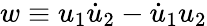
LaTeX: w\equiv u_{1}\dot{u}_{2}-\dot{u}_{1}u_{2}